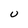
Character: U